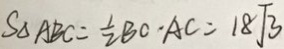
S _ { \Delta A B C } = \frac { 1 } { 2 } B C \cdot A C = 1 8 \sqrt { 3 }